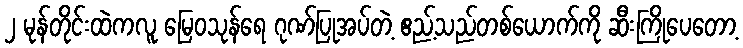
၂ မုန်တိုင်းထဲကလူ မြေဝသုန်ရေ ဂုဏ်ပြုအပ်တဲ့ ဧည့်သည်တစ်ယောက်ကို ဆီးကြိုပေတော့